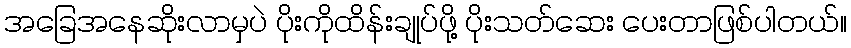
အခြေအနေဆိုးလာမှပဲ ပိုးကိုထိန်းချုပ်ဖို့ ပိုးသတ်ဆေး ပေးတာဖြစ်ပါတယ်။